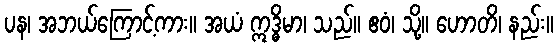
ပန၊ အဘယ်ကြောင့်ကား။ အယံ ဣဒ္ဓိမာ၊ သည်။ ဧဝံ၊ သို့။ ဟောတိ၊ နည်း။